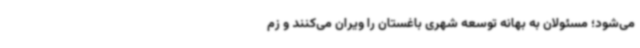
می‌شود؛ مسئولان به بهانه توسعه شهری باغستان را ویران می‌کنند و زم